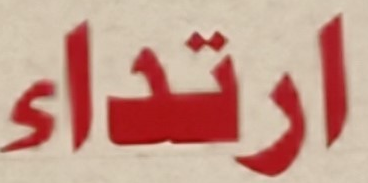
ارتداء